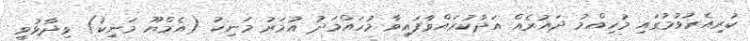
ކުރިއެރުވުމުގައި މުހިއްމު ދައުރެއް އަދާކުރައްވާފައިވާ މުހައްމަދު އުމަރު މަނިކު (އެމްޔޫ މަނިކު) ވިދާޅުވީ